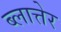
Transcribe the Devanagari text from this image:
ब्लात्तेर